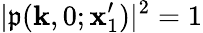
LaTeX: |\mathfrak{p}(\mathbf{{k}},0;\mathbf{{x}}_{1}^{\prime})|^{2}=1